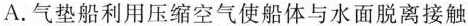
A.气垫船利用压缩空气使船体与水面脱离接触